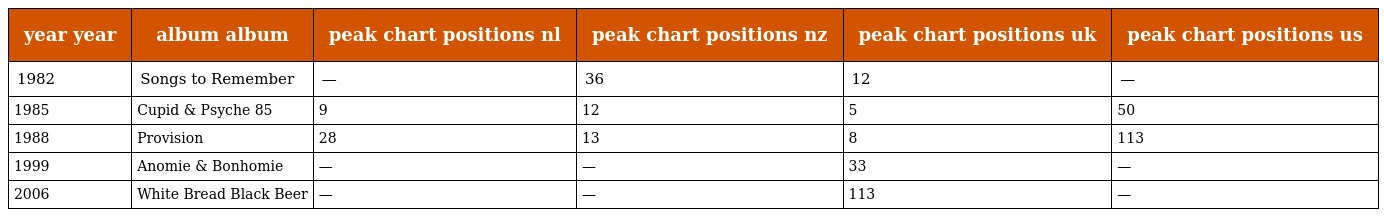
| year year | album album | peak chart positions nl | peak chart positions nz | peak chart positions uk | peak chart positions us |
 | --- | --- | --- | --- | --- | --- |
 | 1982 | Songs to Remember | — | 36 | 12 | — |
 | 1985 | Cupid & Psyche 85 | 9 | 12 | 5 | 50 |
 | 1988 | Provision | 28 | 13 | 8 | 113 |
 | 1999 | Anomie & Bonhomie | — | — | 33 | — |
 | 2006 | White Bread Black Beer | — | — | 113 | — |